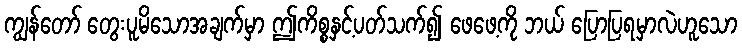
ကျွန်တော် တွေးပူမိသောအချက်မှာ ဤကိစ္စနှင့်ပတ်သက်၍ ဖေဖေ့ကို ဘယ် ပြောပြရမှာလဲဟူသော